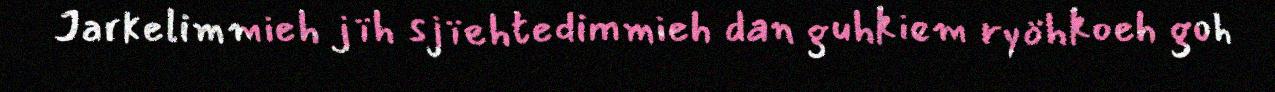
Jarkelimmieh jïh sjïehtedimmieh dan guhkiem ryöhkoeh goh